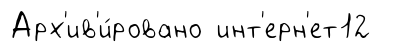
Арх'ив'и́ровано инт'ерн'ет12